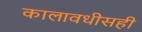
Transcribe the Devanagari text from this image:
कालावधीसही